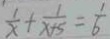
\frac { 1 } { x } + \frac { 1 } { x + 5 } = \frac { 1 } { 6 }